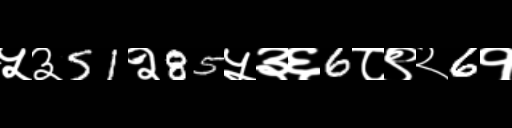
Text: ५३51२85५३६6८९२6१